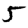
Digit: 5